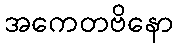
အကေတဗိနော